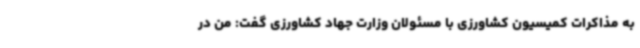
به مذاکرات کمیسیون کشاورزی با مسئولان وزارت جهاد کشاورزی گفت: من در